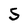
Character: S